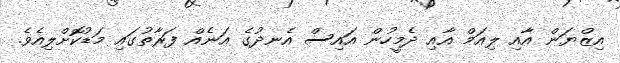
އިޒްޔަން އާއި ލިއަމް އާއި ދެމީހުން އައިސް އެނދުގެ އަނެއް ފަރާތުގައި މަޑުކޮށްލިއެވެ.